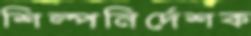
শিল্পনির্দেশক